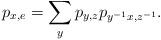
LaTeX: \begin{align*}p_{x,e}=\sum_{y}p_{y,z}p_{y^{-1}x,z^{-1}}.\end{align*}